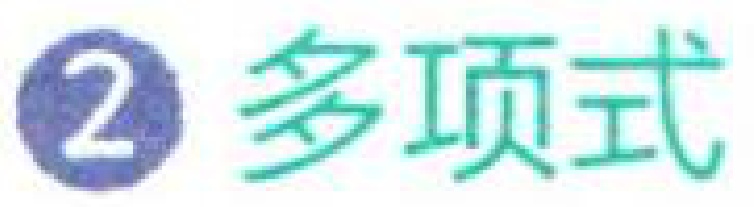
\textcircled{2} 多项式